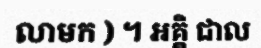
លាមក ) ។ អគ្គិ ជាល